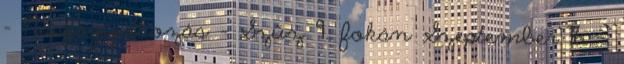
- Napfogyatkozás – Szűz 9. fokán Szeptember 16. –